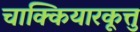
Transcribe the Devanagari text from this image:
चाक्कियारकूत्तु